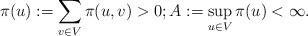
LaTeX: \begin{align*}\pi(u):=\sum_{v\in V}\pi(u,v)>0; A:= \sup_{u\in V}\pi(u) <\infty.\end{align*}